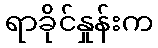
ရာခိုင်နှုန်းက